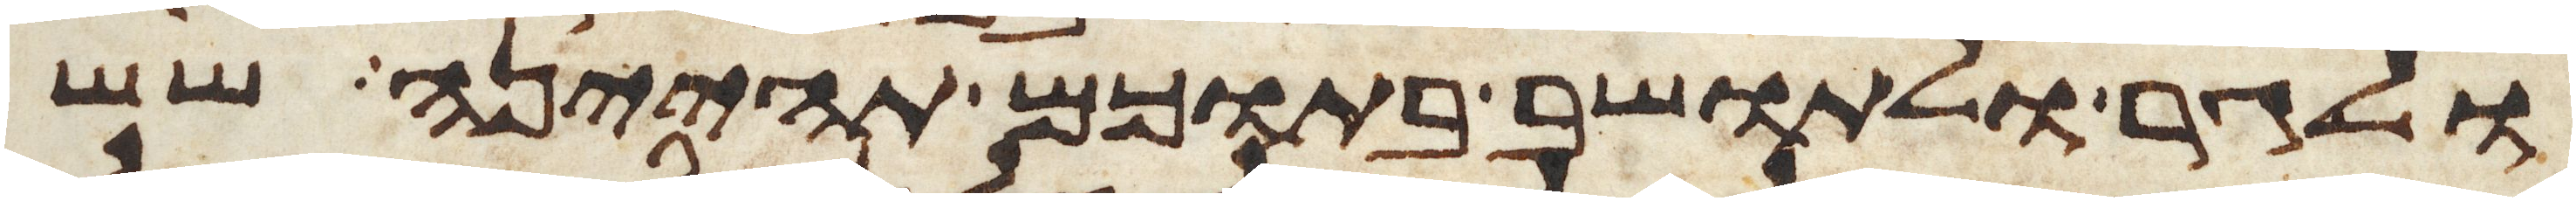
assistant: ולגר ולתושב בתוכם תהיינה שש